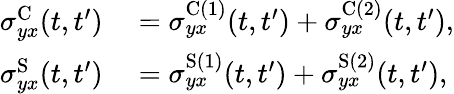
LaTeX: \begin{array}{rl}{\sigma_{yx}^{\textrm{C}}(t,t^{\prime})}&{{}=\sigma_{yx}^{\textrm{C}(1)}(t,t^{\prime})+\sigma_{yx}^{\textrm{C}(2)}(t,t^{\prime}),}\\ {\sigma_{yx}^{\textrm{S}}(t,t^{\prime})}&{{}=\sigma_{yx}^{\textrm{S}(1)}(t,t^{\prime})+\sigma_{yx}^{\textrm{S}(2)}(t,t^{\prime}),}\end{array}